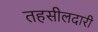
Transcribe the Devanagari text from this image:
तहसीलदारी